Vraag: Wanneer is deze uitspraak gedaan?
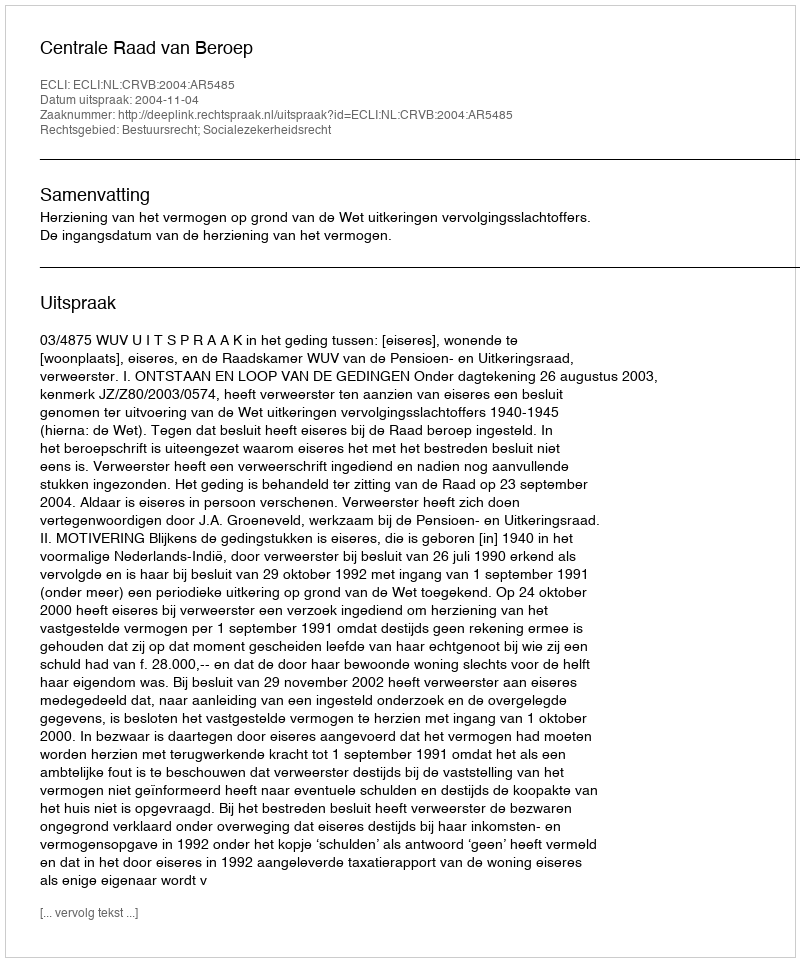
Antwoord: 2004-11-04